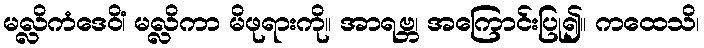
မလ္လိကံဒေဝိံ၊ မလ္လိကာ မိဖုရားကို။ အာရဗ္ဘ၊ အကြောင်းပြု၍။ ကထေသိ၊